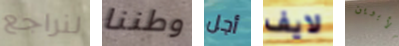
لنراجع وطننا أجل لايف الأبوين